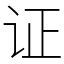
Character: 证